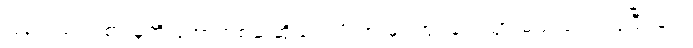
ပြန်လည်ဝင်စားမှုကို အော်ဟစ်ဆဲဆိုခြင်း ဖိအားမှာ အုပ်ချုပ်သွားမည် တွေ့ကြုံပြီးခြင်း